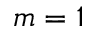
m = 1